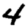
Digit: 4